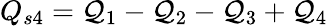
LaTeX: Q_{s4}=\mathcal{Q}_{1}-\mathcal{Q}_{2}-\mathcal{Q}_{3}+\mathcal{Q}_{4}